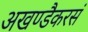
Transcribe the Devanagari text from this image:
अखण्डैकरसं